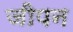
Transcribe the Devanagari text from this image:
जीपन